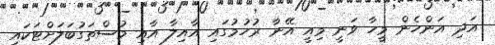
އަދި އަންހެން މީހާ ވަނީ މިއީ އޭނާ ރުހުމުގައި އާއިލާ އާއި މުސްތަގުބަލަށްޓަކައި